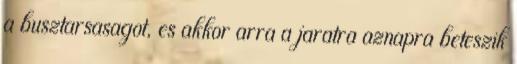
a busztarsasagot, es akkor arra a jaratra aznapra beteszik